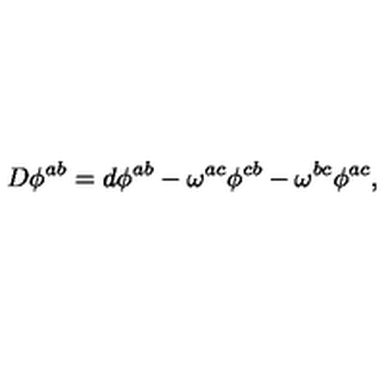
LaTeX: D \phi ^ { a b } = d \phi ^ { a b } - \omega ^ { a c } \phi ^ { c b } - \omega ^ { b c } \phi ^ { a c } ,